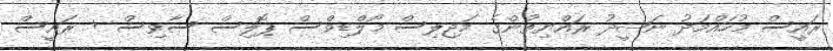
ރައީސް މުހައްމަދު ނަޝީދު ރައްޔިތުންގެ މަޖިލިސް މޯލްޑިވްސް ޕޮލިސް ސާވިސް + ރައީސް